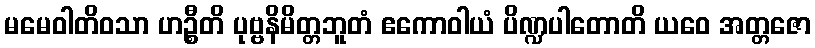
မမေဝါတိဝသာ ဟဉ္စီတိ ပုဗ္ဗနိမိတ္တဘူတံ ဧကောဝါယံ ပိဏ္ဍပါတောတိ ယဝေ အတ္တဇော